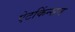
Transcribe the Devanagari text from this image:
ऐटकिंन्सन